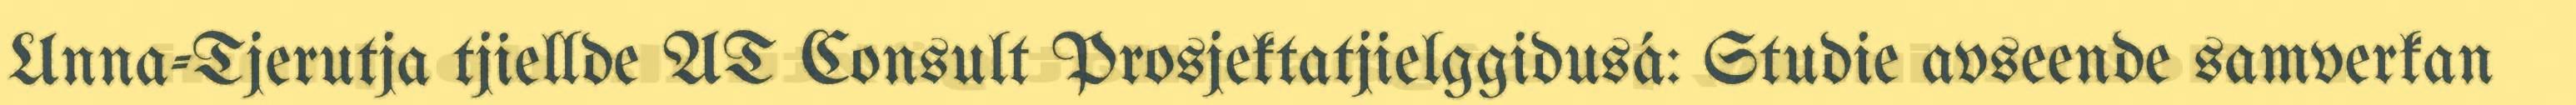
Unna-Tjerutja tjiellde AT Consult Prosjektatjielggidusá: Studie avseende samverkan